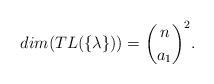
LaTeX: \begin{align*}dim(TL(\{\lambda \}))=\binom{n}{ a_1}^2.\end{align*}